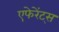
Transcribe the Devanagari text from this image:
एफेरेंट्स